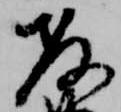
教